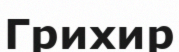
Грихир